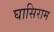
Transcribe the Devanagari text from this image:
घासिराम